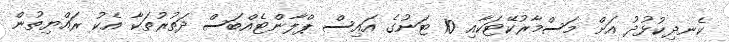
ކެނދިކުޅުދު އަށް މަސްމާރުކޭޓަކާއި 10 ޓަނުގެ އައިސް ޕްލާންޓެއްބަސް ދަތުރުތަކާ އެކު ރައްޔިތުން